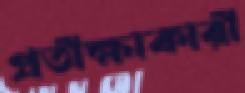
প্রতীক্ষাকারী